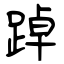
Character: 踔